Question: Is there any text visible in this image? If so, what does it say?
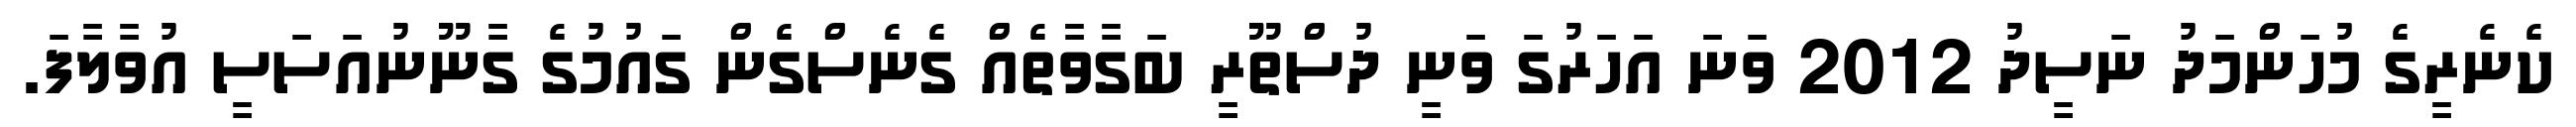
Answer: ކެނެރީގެ މުހަންމަދު ނަސީދު 2012 ވަނަ އަހަރުގަ ވަނީ ދުސްތޫރީ ބަގާވާތެއް ގެނެސްގެން ގައުމުގެ ގާނޫނުއަސަސީ އުވާލާފަ.